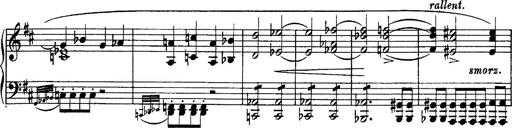
Title: Piano Sonata
Composer: Karl HÃ¤ssler
Key: C major